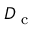
D _ { \mathrm { ~ c ~ } }